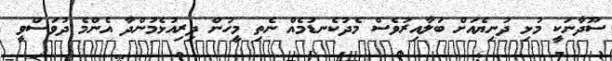
ސޫދާނަކީ މުޅި ދުނިޔެއަށް ބަލާއިރުވެސް މެދުކެނޑުމެއް ނެތި މީހުން ދިރިއުޅެމުންދާ އެންމެ ދުވަސްވީ